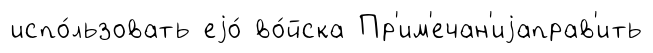
испо́льзовать еjо́ во́йска Пр'им'ечан'иjаправ'ить